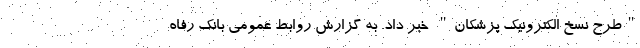
"طرح نسخ الکترونیک پزشکان" خبر داد. به گزارش روابط عمومی بانک رفاه